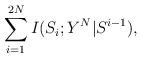
LaTeX: \begin{align*}\sum_{i=1}^{2N} I(S_i;Y^N|S^{i-1}),\end{align*}